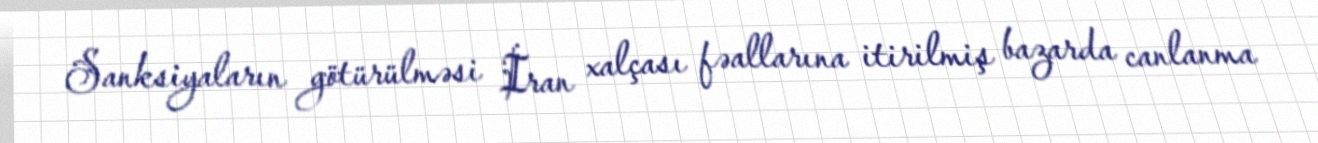
Sanksiyaların götürülməsi İran xalçası fəallarına itirilmiş bazarda canlanma